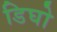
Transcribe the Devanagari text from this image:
डिघो